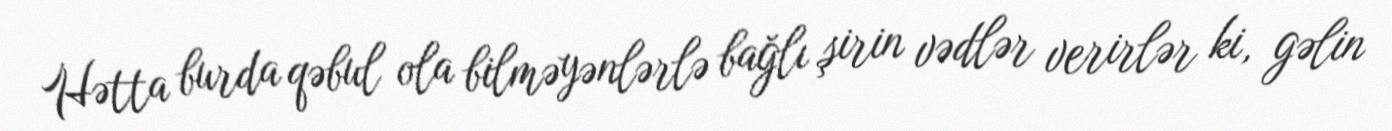
Hətta burda qəbul ola bilməyənlərlə bağlı şirin vədlər verirlər ki, gəlin